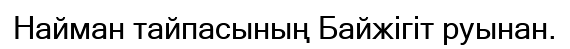
Найман тайпасының Байжігіт руынан.